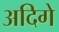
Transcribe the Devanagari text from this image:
अदिगे